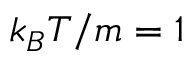
k _ { B } T / m = 1